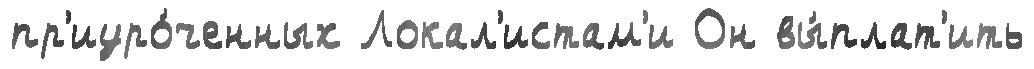
пр'иуро́ченных Локал'истам'и Он вы́плат'ить